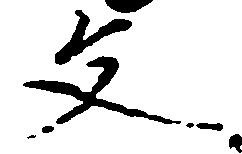
文